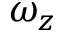
\omega _ { z }